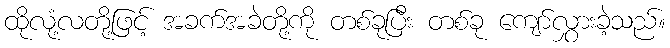
ထိုလုံ့လတို့ဖြင့် အခက်အခဲတို့ကို တစ်ခုပြီး တစ်ခု ကျော်လွှားခဲ့သည်။